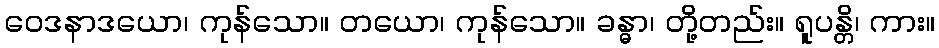
ဝေဒနာဒယော၊ ကုန်သော။ တယော၊ ကုန်သော။ ခန္ဓာ၊ တို့တည်း။ ရူပန္တိ၊ ကား။